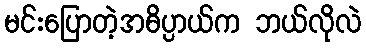
မင်းပြောတဲ့အဓိပ္ပာယ်က ဘယ်လိုလဲ